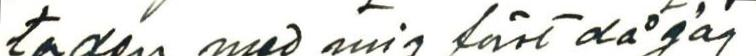
ta den med mig först då jag